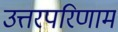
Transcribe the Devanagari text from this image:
उत्तरपरिणाम